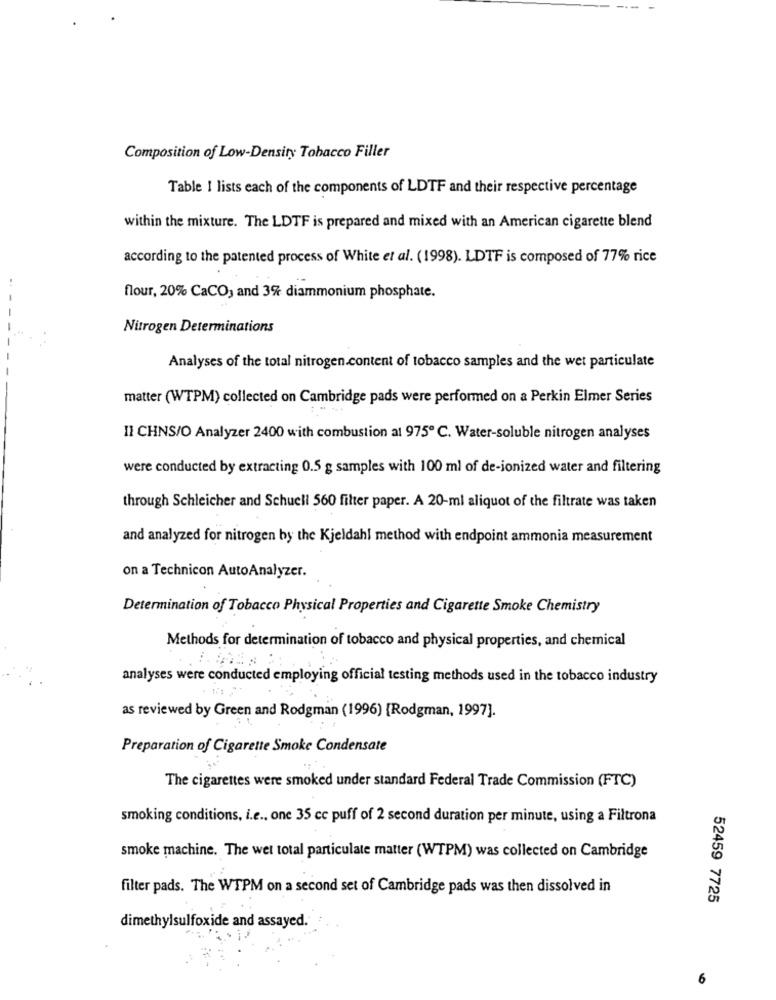
Composition of Low-Density Tobacco Filler
Table I lists each of the components of LDTF and their respective percentage
within the mixture. The LDTF is prepared and mixed with an American cigarette blend
according to the patented process of White et al. (1998). LDTF is composed of 77% rice
flour, 20% CaCO, and 3% diammonium phosphate.
Nitrogen Determinations
Analyses of the total nitrogen.content of tobacco samples and the wet particulate
matter (WTPM) collected on Cambridge pads were performed on a Perkin Elmer Series
Il CHNS/O Analyzer 2400 with combustion at 975 ℃. Water-soluble nitrogen analyses
were conducted by extracting 0.5 g samples with 100 ml of de-ionized water and filtering
through Schleicher and Schueli 560 filter paper. A 20-ml aliquot of the filtrate was taken
and analyzed for nitrogen by the Kjeldahl method with endpoint ammonia measurement
on a Technicon AutoAnalyzer.
Determination of Tobacco Physical Properties and Cigarette Smoke Chemistry
Methods for determination of tobacco and physical properties, and chemical
analyses were conducted employing official testing methods used in the tobacco industry
as reviewed by Green and Rodgman (1996) [Rodgman, 1997].
Preparation of Cigarette Smoke Condensate
The cigarettes were smoked under standard Federal Trade Commission (FTC)
smoking conditions, i.e ., one 35 cc puff of 2 second duration per minute, using a Filtrona
smoke machine. The wel total particulate matter (WTPM) was collected on Cambridge
filter pads. The WTPM on a second set of Cambridge pads was then dissolved in
52459 7725
dimethylsulfoxide and assayed.
6